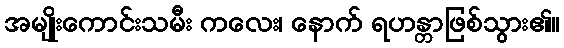
အမျိုးကောင်းသမီး ကလေး၊ နောက် ရဟန္တာဖြစ်သွား၏။